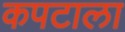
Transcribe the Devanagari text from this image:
कपटाला